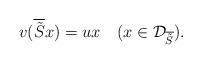
LaTeX: \begin{align*} v(\overline{\tilde S}x)=ux \ \ \ (x \in {\mathcal D}_{\overline{\tilde S}}).\end{align*}